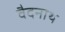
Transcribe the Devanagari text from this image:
वैदनाथ